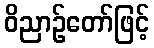
ဝိညာဉ်တော်ဖြင့်